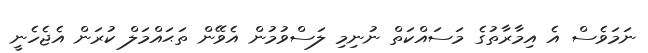
ނަމަވެސް އެ އިމާރާތުގެ މަސައްކަތް ނުނިމި ލަސްވުމުން އެވޭން ތަޙައްމަލް ކުރަން އެޖެހެނީ